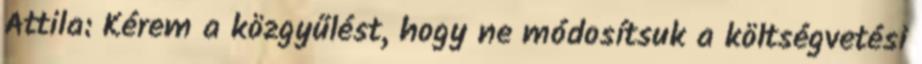
Attila: Kérem a közgyűlést, hogy ne módosítsuk a költségvetési